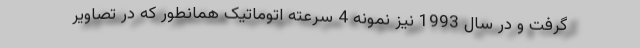
گرفت و در سال 1993 نیز نمونه 4 سرعته اتوماتیک همانطور که در تصاویر